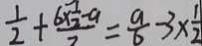
\frac { 1 } { 2 } + \frac { 6 \times \frac { 7 } { 2 } - 9 } { 2 } = \frac { a } { 6 } - 3 \times \frac { 1 } { 2 }